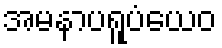
အမနာပရူပံယေဝ